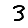
Digit: 3